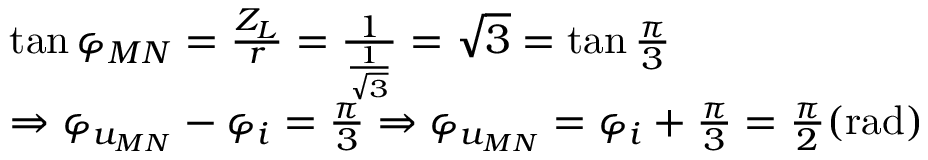
\begin{array} { r l } & { \tan \varphi _ { M N } = \frac { Z _ { L } } { r } = \frac { 1 } { \frac { 1 } { \sqrt { 3 } } } = \sqrt { 3 } = \tan \frac { \pi } { 3 } } \\ & { \Rightarrow \varphi _ { u _ { M N } } - \varphi _ { i } = \frac { \pi } { 3 } \Rightarrow \varphi _ { u _ { M N } } = \varphi _ { i } + \frac { \pi } { 3 } = \frac { \pi } { 2 } ( \mathrm { r a d } ) } \end{array}